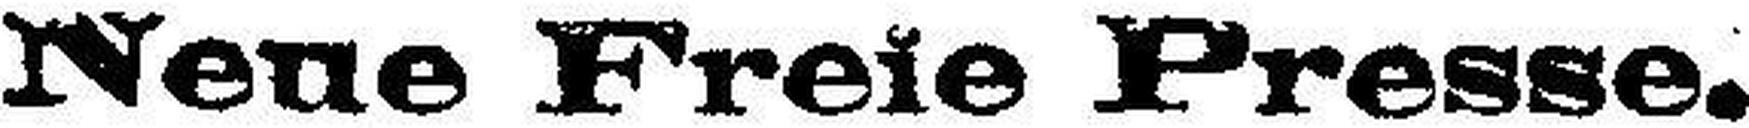
Nene Freie Presse.